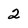
Character: 2